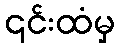
၎င်းထံမှ